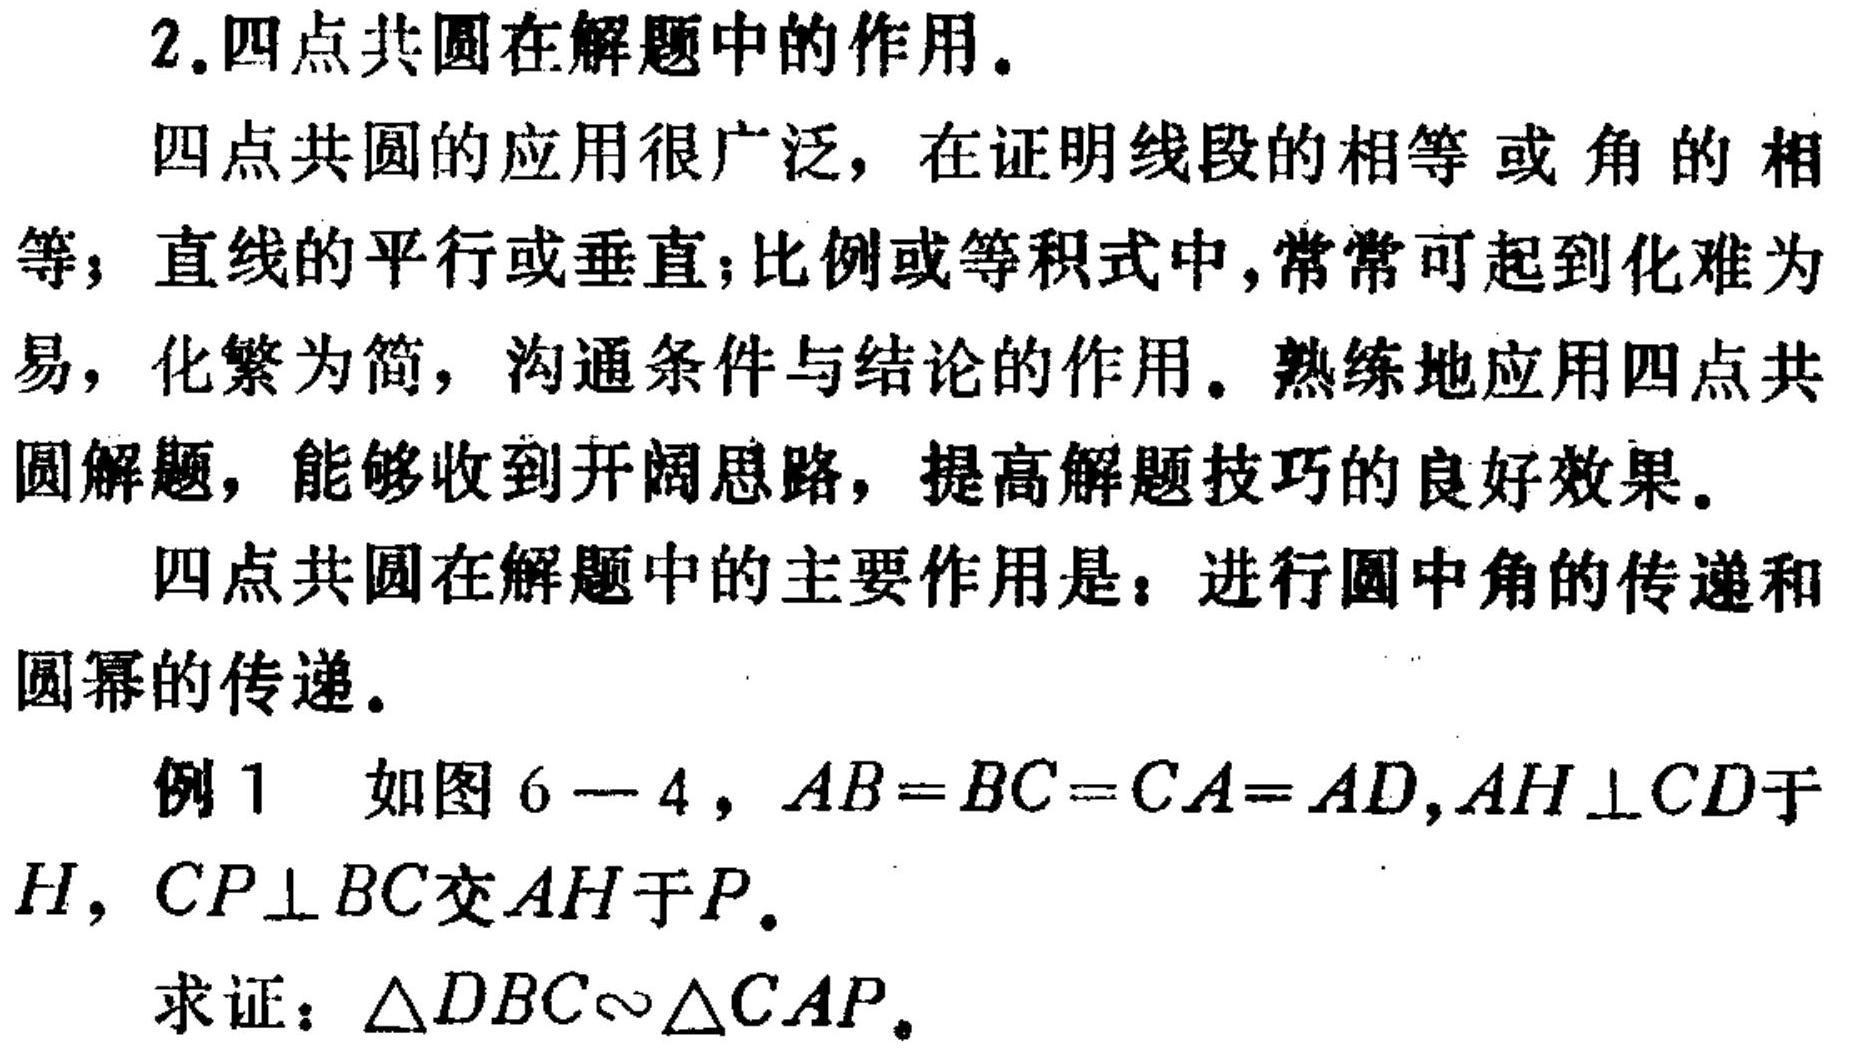
2. 四点共圆在解题中的作用。
四点共圆的应用很广泛，在证明线段的相等或角的相等；直线的平行或垂直；比例或等积式中，常常可起到化难为易，化繁为简，沟通条件与结论的作用。熟练地应用四点共圆解题，能够收到开阔思路，提高解题技巧的良好效果。
四点共圆在解题中的主要作用是：进行圆中角的传递和圆幂的传递。
例1 如图6 - 4，\(AB = BC = CA = AD\)，\(AH\perp CD\)于\(H\)，\(CP\perp BC\)交\(AH\)于\(P\)。
求证：\(\triangle DBC\sim\triangle CAP\)。